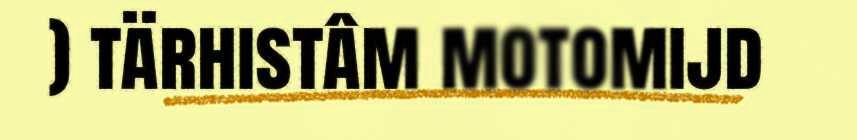
) tärhistâm motomijd